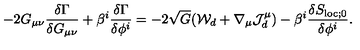
- 2 G _ { \mu \nu } { \frac { \delta \Gamma } { \delta G _ { \mu \nu } } } + \beta ^ { i } { \frac { \delta \Gamma } { \delta \phi ^ { i } } } = - 2 \sqrt { G } ( { \cal W } _ { d } + \nabla _ { \mu } { \cal J } _ { d } ^ { \mu } ) - \beta ^ { i } { \frac { \delta S _ { \mathrm { l o c } ; 0 } } { \delta \phi ^ { i } } } .